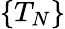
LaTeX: \{ T_{N}\}